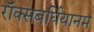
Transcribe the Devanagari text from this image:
रॉक्सबर्घियानम